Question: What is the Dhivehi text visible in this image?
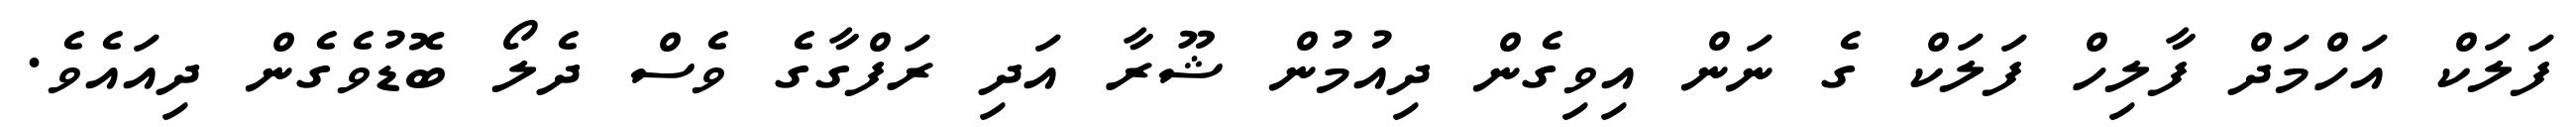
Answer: ފަލަކް އަހްމަދް ފާލިހް ފަލަކް ގެ ނަން އިވިގެން ދިއުމުން ޝޫރާ އަދި ރަފްގާގެ ވެސް ދެލޯ ބޮޑުވެގެން ދިއައެވެ.